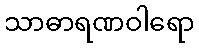
သာဓာရဏဝါရော